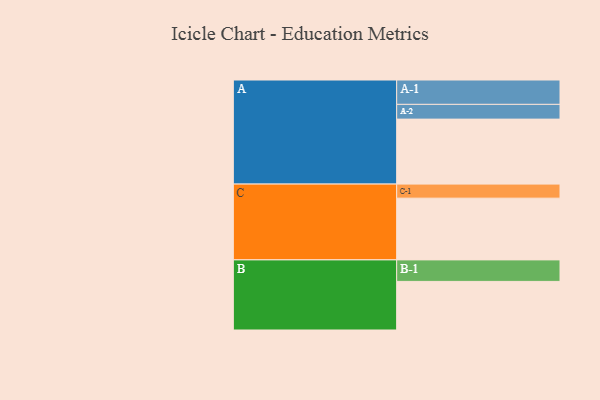
{"axis": {"x": "Segment", "y": "Value"}, "legend": ["", "A", "B", "C"], "data": [{"x": "A", "y": 480, "type": ""}, {"x": "B", "y": 359, "type": ""}, {"x": "C", "y": 456, "type": ""}, {"x": "A-1", "y": 180, "type": "A"}, {"x": "A-2", "y": 109, "type": "A"}, {"x": "B-1", "y": 159, "type": "B"}, {"x": "C-1", "y": 104, "type": "C"}]}